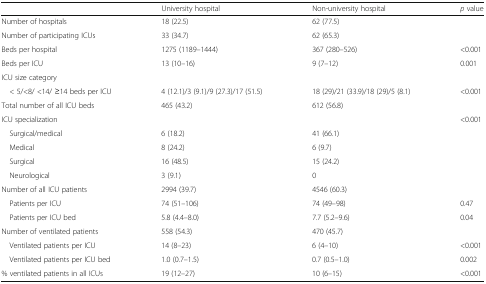
<table><thead><tr><td></td><td><b>University hospital</b></td><td><b>Non-university hospital</b></td><td><b><i>p</i> value</b></td></tr></thead><tbody><tr><td>Number of hospitals</td><td>18 (22.5)</td><td>62 (77.5)</td><td></td></tr><tr><td>Number of participating ICUs</td><td>33 (34.7)</td><td>62 (65.3)</td><td></td></tr><tr><td>Beds per hospital</td><td>1275 (1189–1444)</td><td>367 (280–526)</td><td>&lt;0.001</td></tr><tr><td>Beds per ICU</td><td>13 (10–16)</td><td>9 (7–12)</td><td>0.001</td></tr><tr><td colspan="4">ICU size category</td></tr><tr><td> &lt; 5/&lt;8/ &lt;14/ ≥14 beds per ICU</td><td>4 (12.1)/3 (9.1)/9 (27.3)/17 (51.5)</td><td>18 (29)/21 (33.9)/18 (29)/5 (8.1)</td><td>&lt;0.001</td></tr><tr><td>Total number of all ICU beds</td><td>465 (43.2)</td><td>612 (56.8)</td><td></td></tr><tr><td>ICU specialization</td><td></td><td></td><td>&lt;0.001</td></tr><tr><td> Surgical/medical</td><td>6 (18.2)</td><td>41 (66.1)</td><td></td></tr><tr><td> Medical</td><td>8 (24.2)</td><td>6 (9.7)</td><td></td></tr><tr><td> Surgical</td><td>16 (48.5)</td><td>15 (24.2)</td><td></td></tr><tr><td> Neurological</td><td>3 (9.1)</td><td>0</td><td></td></tr><tr><td>Number of all ICU patients</td><td>2994 (39.7)</td><td>4546 (60.3)</td><td></td></tr><tr><td> Patients per ICU</td><td>74 (51–106)</td><td>74 (49–98)</td><td>0.47</td></tr><tr><td> Patients per ICU bed</td><td>5.8 (4.4–8.0)</td><td>7.7 (5.2–9.6)</td><td>0.04</td></tr><tr><td>Number of ventilated patients</td><td>558 (54.3)</td><td>470 (45.7)</td><td></td></tr><tr><td> Ventilated patients per ICU</td><td>14 (8–23)</td><td>6 (4–10)</td><td>&lt;0.001</td></tr><tr><td> Ventilated patients per ICU bed</td><td>1.0 (0.7–1.5)</td><td>0.7 (0.5–1.0)</td><td>0.002</td></tr><tr><td>% ventilated patients in all ICUs</td><td>19 (12–27)</td><td>10 (6–15)</td><td>&lt;0.001</td></tr></tbody></table>